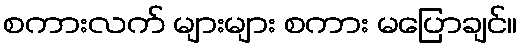
စကားလက် များများ စကား မပြောချင်။